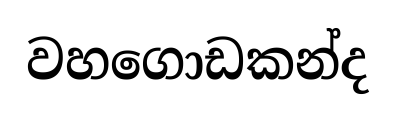
වහගොඩකන්ද